Annual administration report of the Civil Veterinary Department of India - 1898-1899
Year: 1898
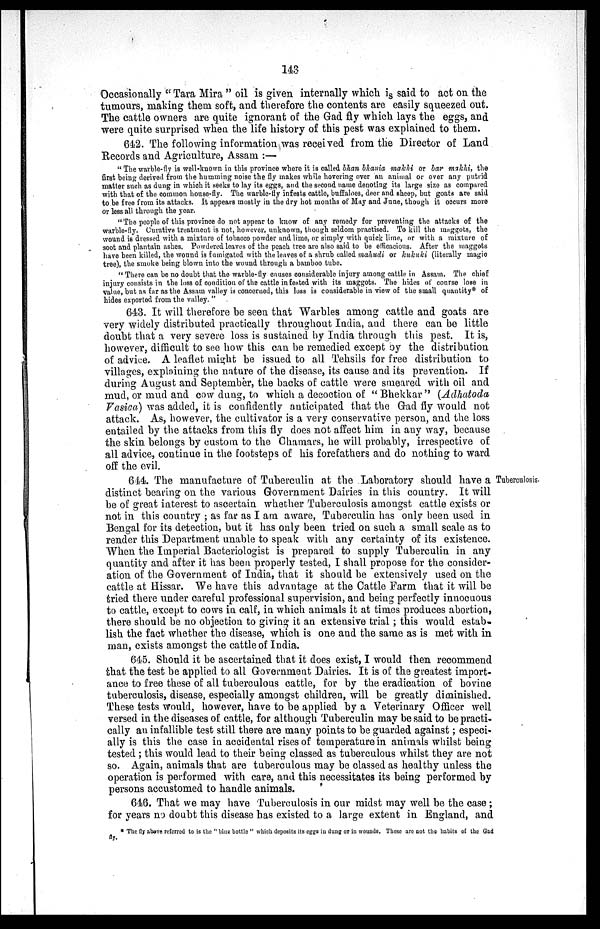
143
Occasionally "Tara Mira" oil is given internally which is said to act on the
tumours, making them soft, and therefore the contents are easily squeezed out.
The cattle owners are quite ignorant of the Gad fly which lays the eggs, and
were quite surprised when the life history of this pest was explained to them.
642. The following information was received from the Director of Land
Records and Agriculture, Assam:—
"The warble-fly is well-known in this province where it is called bhan bhania makhi or bar makhi, the
first being derived from the humming noise the fly makes while hovering over an animal or over any putrid
matter such as dung in which it seeks to lay its eggs, and the second name denoting its large size as compared
with that of the common house-fly. The warble-fly infests cattle, buffaloes, deer and sheep, but goats are said
to be free from its attacks. It appears mostly in the dry hot months of May and June, though it occurs more
or less all through the year.
"The people of this province do not appear to know of any remedy for preventing the attacks of the
warble-fly. Curative treatment is not, however, unknown, though seldom practised. To kill the maggots, the
wound is dressed with a mixture of tobacco powder and lime, or simply with quick lime, or with a mixture of
soot and plantain ashes. Powdered leaves of the peach tree are also said to be efficacious. After the maggots
have been killed, the wound is fumigated with the leaves of a shrub called mahudi or kukuki (literally magic
tree), the smoke being blown into the wound through a bamboo tube,
"There can be no doubt that the warble-fly causes considerable injury among cattle in Assam. The chief
injury consists in the loss of condition of the cattle in fested with its maggots. The hides of course lose in
value, but as far as the Assam valley is concerned, this loss is considerable in view of the small quantity* of
hides exported from the valley. "
643. It will therefore be seen that Warbles among cattle and goats are
very widely distributed practically throughout India, and there can be little
doubt that a very severe loss is sustained by India through this pest. It is,
however, difficult to see how this can be remedied except by the distribution
of advice. A leaflet might be issued to all Tehsils for free distribution to
villages, explaining the nature of the disease, its cause and its prevention. If
during August and September, the backs of cattle were smeared with oil and
mud, or mud and cow dung, to which a decoction of "Bhekkar " (Adhatoda
Vasica) was added, it is confidently anticipated that the Gad fly would not
attack. As, however, the cultivator is a very conservative person, and the loss
entailed by the attacks from this fly does not affect him in any way, because
the skin belongs by custom to the Chamars, he will probably, irrespective of
all advice, continue in the footsteps of his forefathers and do nothing to ward
off the evil.
Tuberculosis.
644. The manufacture of Tuberculin at the Laboratory should have a
distinct bearing on the various Government Dairies in this country. It will
be of great interest to ascertain whether Tuberculosis amongst cattle exists or
not in this country; as far as I am aware, Tuberculin has only been used in
Bengal for its detection, but it has only been tried on such a small scale as to
render this Department unable to speak with any certainty of its existence.
When the Imperial Bacteriologist is prepared to supply Tuberculin in any
quantity and after it has been properly tested, I shall propose for the consider-
ation of the Government of India, that it should be extensively used on the
cattle at Hissar. We have this advantage at the Cattle Farm that it will be
tried there under careful professional supervision, and being perfectly innocuous
to cattle, except to cows in calf, in which animals it at times produces abortion,
there should be no objection to giving it an extensive trial; this would estab-
lish the fact whether the disease, which is one and the same as is met with in
man, exists amongst the cattle of India.
645. Should it be ascertained that it does exist, I would then recommend
that the test be applied to all Government Dairies. It is of the greatest import-
ance to free these of all tuberculous cattle, for by the eradication of bovine
tuberculosis, disease, especially amongst children, will be greatly diminished.
These tests would, however, have to be applied by a Veterinary Officer well
versed in the diseases of cattle, for although Tuberculin may be said to be practi-
cally an infallible test still there are many points to be guarded against; especi-
ally is this the case in accidental rises of temperature in animals whilst being
tested; this would lead to their being classed as tuberculous whilst they are not
so. Again, animals that are tuberculous may be classed as healthy unless the
operation is performed with care, and this necessitates its being performed by
persons accustomed to handle animals.
646. That we may have Tuberculosis in our midst may well be the case;
for years no doubt this disease has existed to a large extent in England, and
* The fly above referred to is the "blue bottle" which deposits its eggs in dung or in wounds. These are not the habits of the Gad